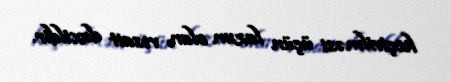
keçirilməsi üçün lazım olan vəsait daxildir.